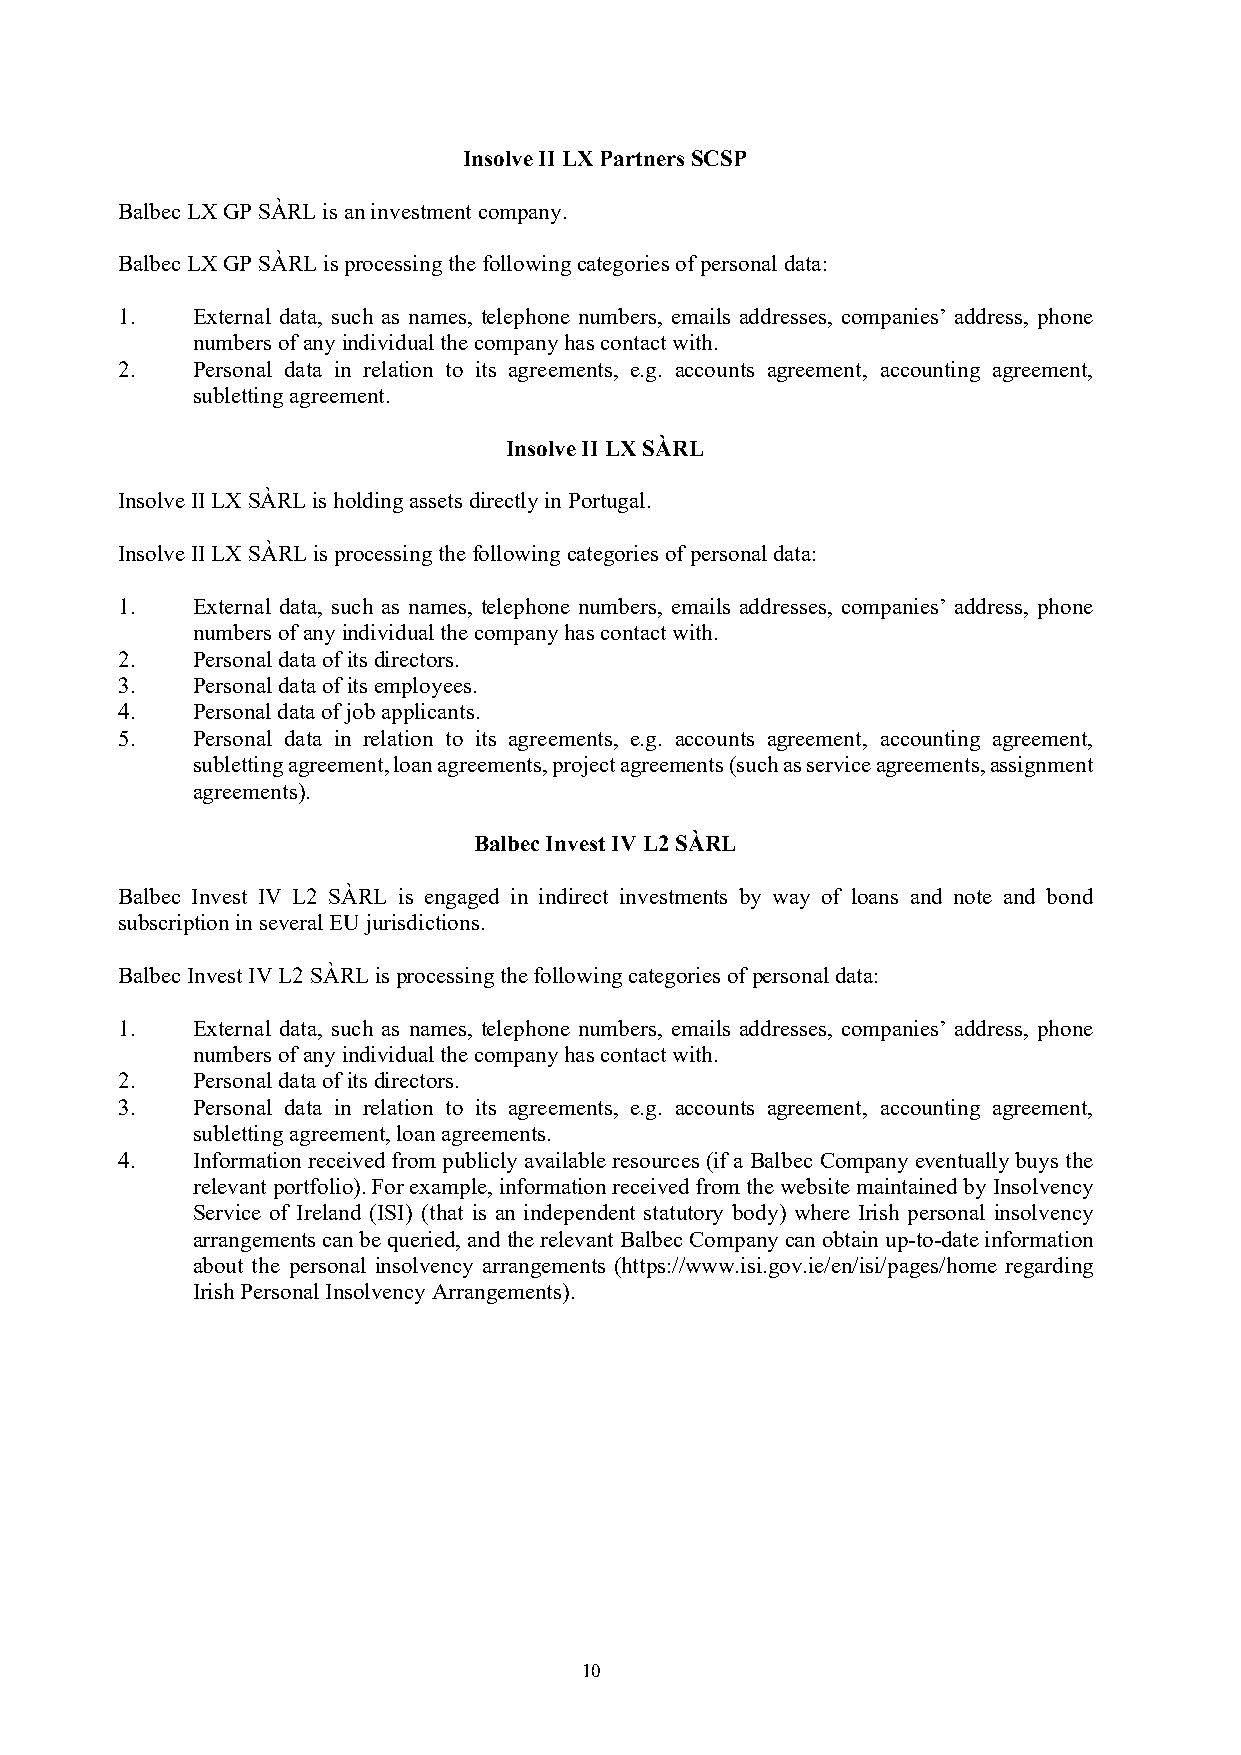
Insolve II LX Partners SCSP
 Balbec LX GP SÀRL is an investment company.
 Balbec LX GP SÀRL is processing the following categories of personal data:
 1.   External data, such as names, telephone numbers, emails addresses, companies’ address, phone
 numbers of any individual the company has contact with.
 2.   Personal data in relation to its agreements, e.g. accounts agreement, accounting agreement,
 subletting agreement.
 Insolve II LX SÀRL
 Insolve II LX SÀRL is holding assets directly in Portugal.
 Insolve II LX SÀRL is processing the following categories of personal data:
 1.   External data, such as names, telephone numbers, emails addresses, companies’ address, phone
 numbers of any individual the company has contact with.
 2.   Personal data of its directors.
 3.   Personal data of its employees.
 4.   Personal data of job applicants.
 5.   Personal data in relation to its agreements, e.g. accounts agreement, accounting agreement,
 subletting agreement, loan agreements, project agreements (such as service agreements, assignment
 agreements).
 Balbec Invest IV L2 SÀRL
 Balbec Invest IV L2 SÀRL is engaged in indirect investments by way of loans and note and bond
 subscription in several EU jurisdictions.
 Balbec Invest IV L2 SÀRL is processing the following categories of personal data:
 1.   External data, such as names, telephone numbers, emails addresses, companies’ address, phone
 numbers of any individual the company has contact with.
 2.   Personal data of its directors.
 3.   Personal data in relation to its agreements, e.g. accounts agreement, accounting agreement,
 subletting agreement, loan agreements.
 4.   Information received from publicly available resources (if a Balbec Company eventually buys the
 relevant portfolio). For example, information received from the website maintained by Insolvency
 Service of Ireland (ISI) (that is an independent statutory body) where Irish personal insolvency
 arrangements can be queried, and the relevant Balbec Company can obtain up-to-date information
 about the personal insolvency arrangements (https://www.isi.gov.ie/en/isi/pages/home regarding
 Irish Personal Insolvency Arrangements).
 10